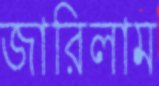
জারিলাম